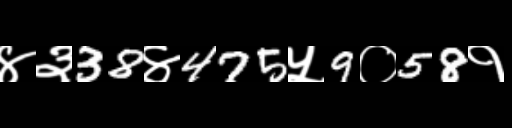
Text: ४३38४475५9०58१